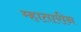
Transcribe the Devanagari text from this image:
म्हातारीन